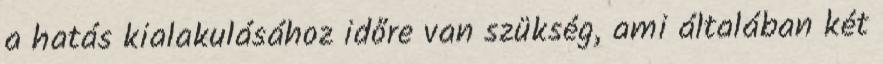
a hatás kialakulásához időre van szükség, ami általában két